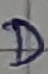
Text: D